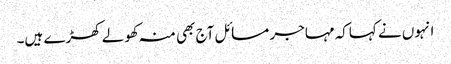
انہوں نے کہاکہ مہاجر مسائل آج بھی منہ کھولے کھڑے ہیں۔